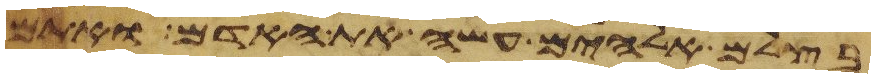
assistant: בצלם אלהים עשה את האדם ואתם